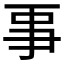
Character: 𠄙